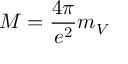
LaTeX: M = { \frac { 4 \pi } { e ^ { 2 } } } m _ { V }